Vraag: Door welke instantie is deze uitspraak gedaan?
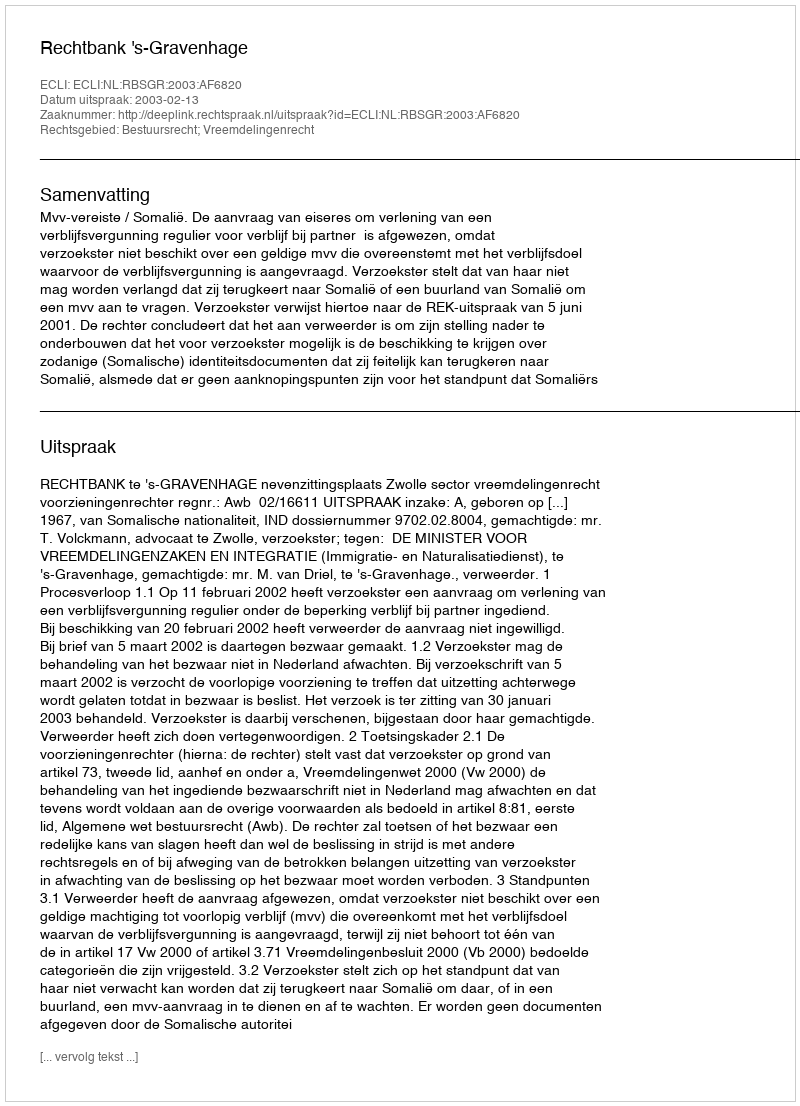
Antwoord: Rechtbank 's-Gravenhage